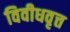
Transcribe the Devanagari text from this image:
विवीधवृत्त